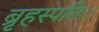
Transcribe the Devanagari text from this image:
ब्रृहस्पतिः।